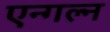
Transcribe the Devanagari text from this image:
एन्गल्न